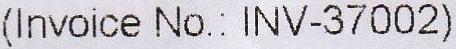
(INVOICE NO.: INV-37002)